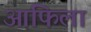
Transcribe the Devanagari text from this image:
आफिला